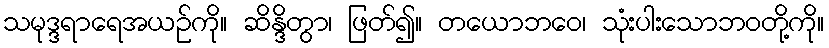
သမုဒ္ဒရာရေအယဉ်ကို။ ဆိန္ဒိတွာ၊ ဖြတ်၍။ တယောဘဝေ၊ သုံးပါးသောဘဝတို့ကို။